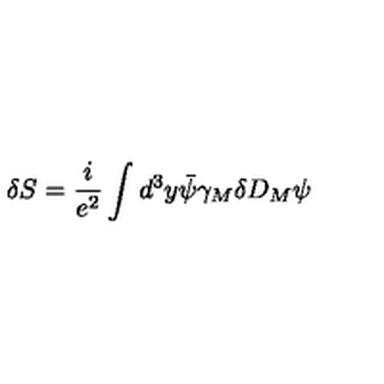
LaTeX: \delta S = \frac { i } { e ^ { 2 } } \int d ^ { 3 } y \bar { \psi } \gamma _ { M } \delta D _ { M } \psi